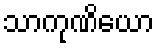
သာကုဏိယော